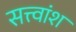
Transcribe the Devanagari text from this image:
सत्त्वांश